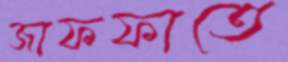
জাফফাতে